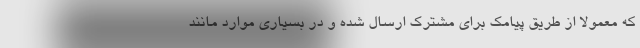
که معمولاً از طریق پیامک برای مشترک ارسال شده و در بسیاری موارد مانند